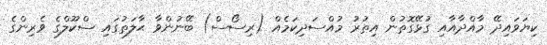
ކިޔަވައިދޭ މާއްދާއާއި ގުޅޭގޮތުން އިތުރު މުއްސަދިކަމެއް (ރިސޯސް) ބޭނުންވާ ޙާލަތުގައި ސްކޫލްގެ ވެރިންގެ